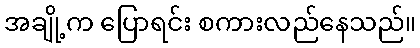
အချို့က ပြောရင်း စကားလည်နေသည်။